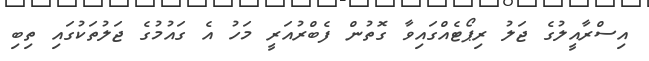
އިސްރާއީލުގެ ޖަލު ރިޕޯޓެއްގައިވާ ގޮތުން ފެބްރުއަރީ މަހު އެ ގައުމުގެ ޖަލުތަކުގައި ތިބި